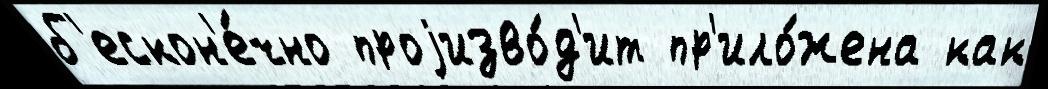
б'ескон'е́чно проjизво́д'ит пр'ило́жена как